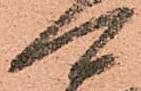
可